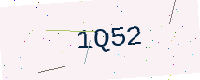
Text: 1Q52